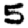
Digit: 5